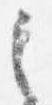
之